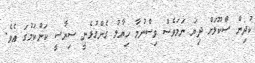
ކުދިން ސްކޫލަށް ދިޔަ ނަމަވެސް ވިސްނުމާ ހިޔާލު ގެންގުޅެނީ ސިޔާސީ ކަންކަމުގަ އެވެ.